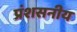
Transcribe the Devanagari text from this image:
प्रंशसनीय